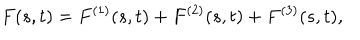
F ( s , t ) = F ^ { ( 1 ) } ( s , t ) + F ^ { ( 2 ) } ( s , t ) + F ^ { ( 3 ) } ( s , t ) ,